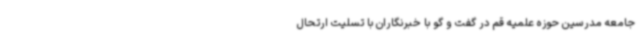
جامعه مدرسین حوزه علمیه قم در گفت و گو با خبرنگاران با تسلیت ارتحال